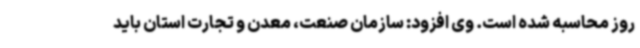
روز محاسبه شده است. وی افزود: سازمان صنعت، معدن و تجارت استان باید